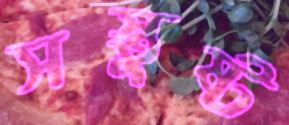
সস্তুষ্ট